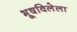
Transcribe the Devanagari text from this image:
भूषविलेला